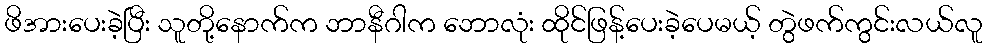
ဖိအားပေးခဲ့ပြီး သူတို့နောက်က ဘာနီဂါက ဘောလုံး ထိုင်ဖြန့်ပေးခဲ့ပေမယ့် တွဲဖက်ကွင်းလယ်လူ